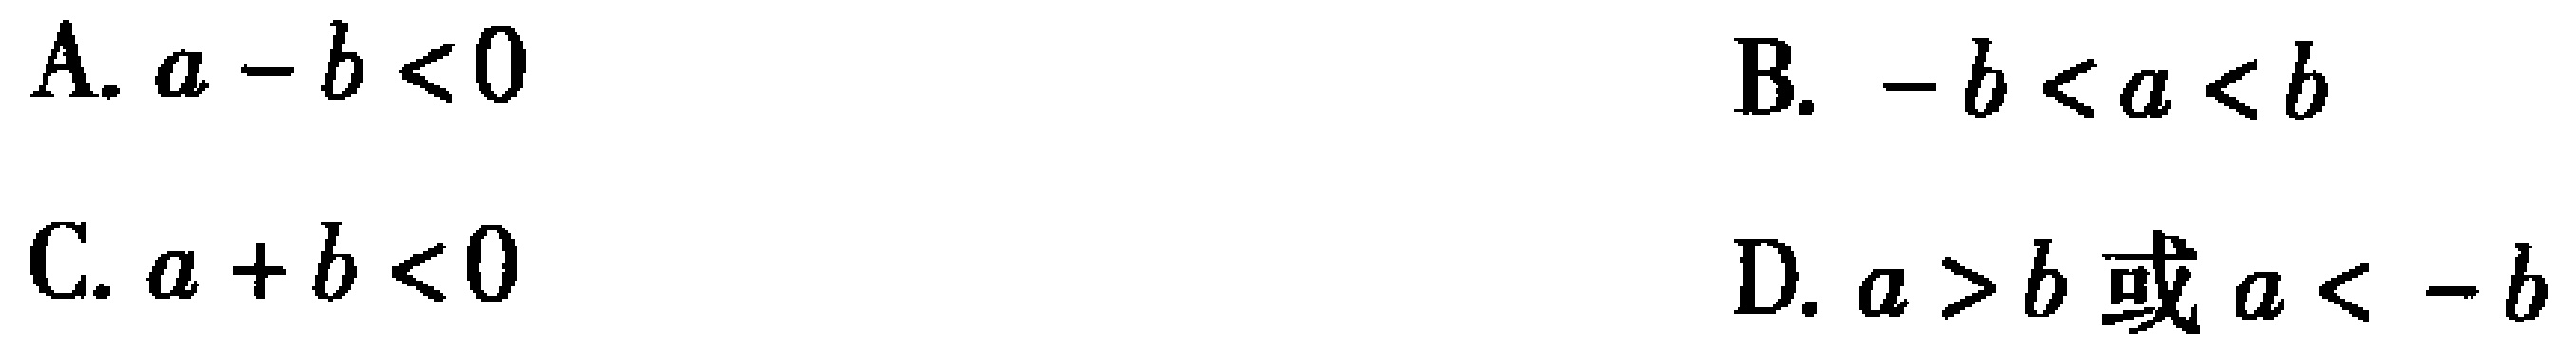
A. \(a - b < 0\)

B. \(-b < a < b\)

C. \(a + b < 0\)

D. \(a > b\)或\(a < -b\)